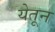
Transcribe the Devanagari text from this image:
येतून